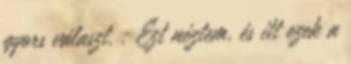
gyors választ. : Ezt néztem, és itt ezek a